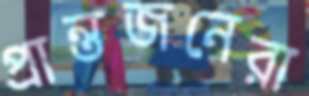
প্রান্তজনেরা